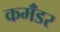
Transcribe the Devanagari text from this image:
कमॅंडर